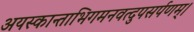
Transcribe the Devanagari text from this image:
अयस्कान्ताभिगमनवत्दुपसर्पणम्।